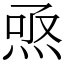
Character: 焏